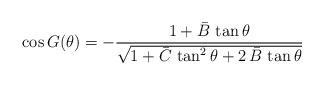
LaTeX: \begin{align*}\cos G(\theta)=-\dfrac{1+\bar B\, \tan \theta }{\sqrt{1+\bar C\, \tan^2 \theta+2\,\bar B\, \tan \theta}}\end{align*}